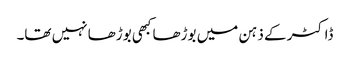
ڈاکٹر کے ذہن میں بوڑھا کبھی بوڑھا نہیں تھا۔